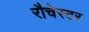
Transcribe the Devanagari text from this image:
रौचेस्टर